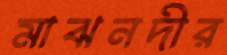
মাঝনদীর